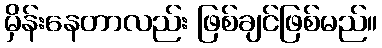
မှိန်းနေတာလည်း ဖြစ်ချင်ဖြစ်မည်။